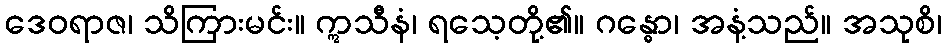
ဒေဝရာဇ၊ သိကြားမင်း။ ဣသီနံ၊ ရသေ့တို့၏။ ဂန္ဓော၊ အနံ့သည်။ အသုစိ၊